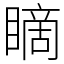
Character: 䁤